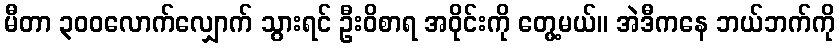
မီတာ ၃၀၀လောက်လျှောက် သွားရင် ဦးဝိစာရ အဝိုင်းကို တွေ့မယ်။ အဲဒီကနေ ဘယ်ဘက်ကို